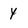
Character: y